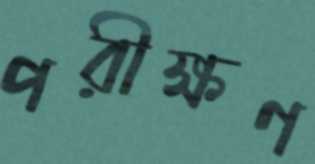
পরীক্ষণ